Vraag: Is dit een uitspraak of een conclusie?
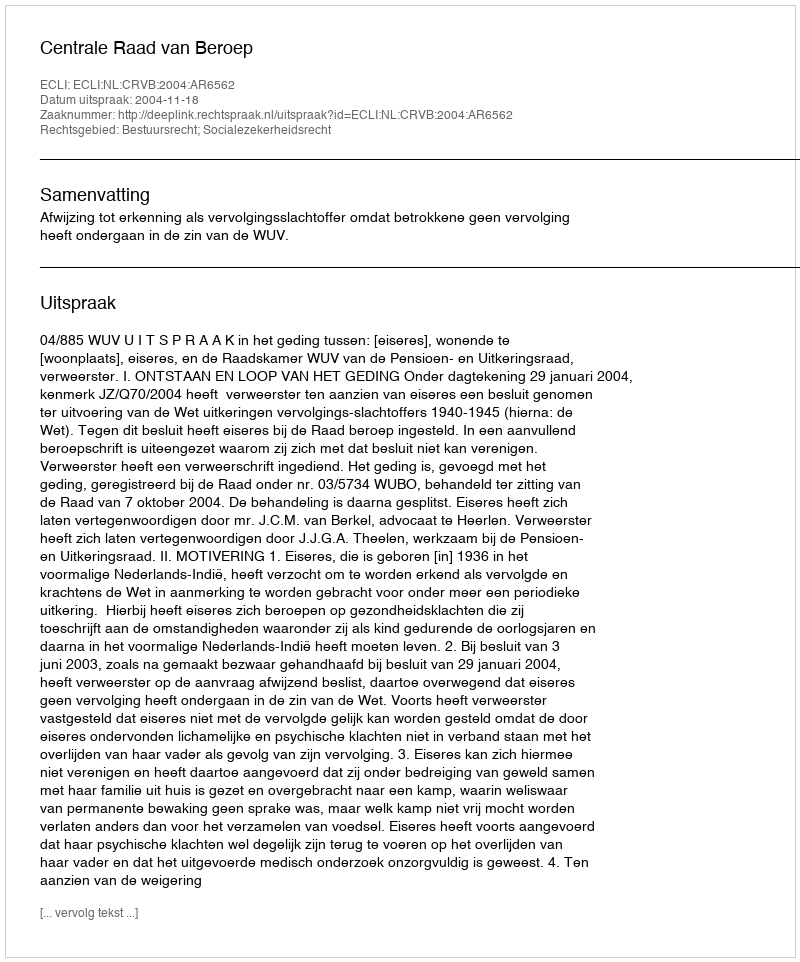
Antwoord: Uitspraak